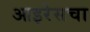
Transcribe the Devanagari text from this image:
आइरेसचा